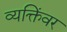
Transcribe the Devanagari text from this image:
व्यक्तिंवर